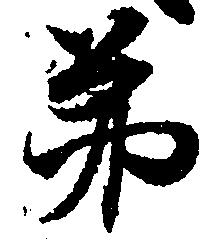
第